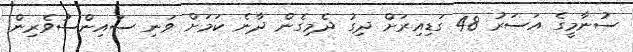
ސުނާމީގެ އަސަރު 48 ގަޑިއިރަށް ދިގު ދެމިގެން ދާނެ ކަމަށް ވަނި ސައިންސުވެރިން